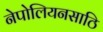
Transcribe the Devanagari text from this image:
नेपोलियनसाठि